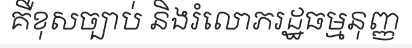
គឺខុសច្បាប់ និងរំលោភរដ្ឋធម្មនុញ្ញ